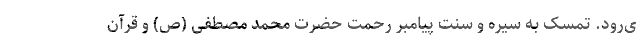
ی‌رود. تمسک به سیره و سنّت پیامبر رحمت حضرت محمد مصطفی (ص) و قرآن